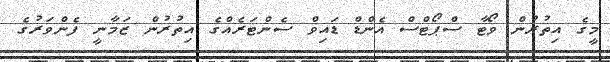
މީގެ އިތުރުން ވޯޓާ ސްޕޯޓްސް އެންޑް ޑައިވް ސެންޓަރެއްގެ އިތުރުން ޒަމާނީ ފެންވަރުގެ